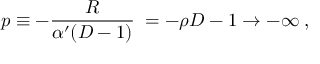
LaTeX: p \equiv - { \frac { R } { \alpha ^ { \prime } ( D - 1 ) } } \; = - { { \rho } \o { D - 1 } } \to - \infty \; ,